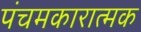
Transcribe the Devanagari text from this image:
पंचमकारात्मक